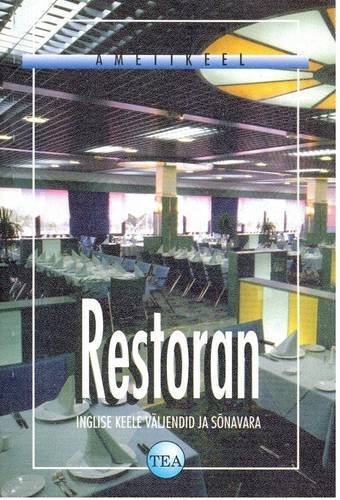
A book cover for Estonian-English Dictionary of Restaurant Terminology (Ametikeel) (Estonian and English Edition); V. Raid; Travel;